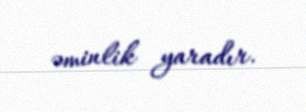
əminlik yaradır.